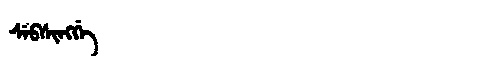
Manchu: ᠰᡝᠪᠰᡳᠩᡤᡝ
Romanization: SEBSINGGE